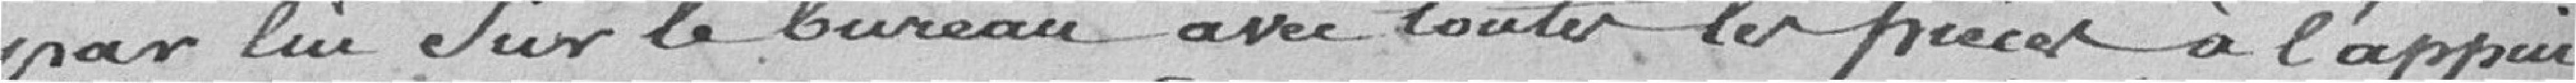
pour lui sur le bureau avec toutes les pièces à l'appui.